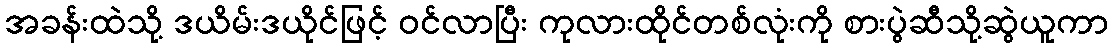
အခန်းထဲသို့ ဒယိမ်းဒယိုင်ဖြင့် ဝင်လာပြီး ကုလားထိုင်တစ်လုံးကို စားပွဲဆီသို့ဆွဲယူကာ